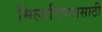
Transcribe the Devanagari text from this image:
मिलाविण्यासाठी